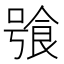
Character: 飸